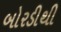
બોરડીથી